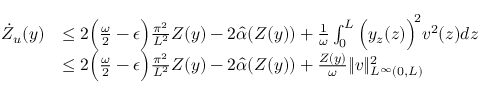
\begin{array} { r l } { \dot { Z } _ { u } ( y ) } & { \leq 2 \Big ( \frac { \omega } { 2 } - \epsilon \Big ) \frac { \pi ^ { 2 } } { L ^ { 2 } } Z ( y ) - 2 \hat { \alpha } ( Z ( y ) ) + \frac { 1 } { \omega } \int _ { 0 } ^ { L } \Big ( y _ { z } ( z ) \Big ) ^ { \! 2 } v ^ { 2 } ( z ) d z } \\ & { \leq 2 \Big ( \frac { \omega } { 2 } - \epsilon \Big ) \frac { \pi ^ { 2 } } { L ^ { 2 } } Z ( y ) - 2 \hat { \alpha } ( Z ( y ) ) + \frac { Z ( y ) } { \omega } \| v \| _ { L ^ { \infty } ( 0 , L ) } ^ { 2 } } \end{array}